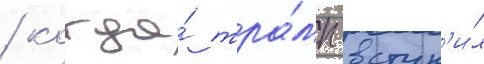
/ когда́ тра́мп вступ'и́л